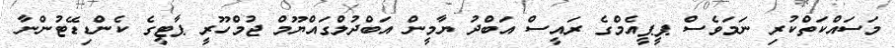
މަސައްކަތްކުރި ނަމަވެސް ޕީޕީއެމްގެ ރައީސް އަބްދު ޔާމީން އަބްދުލްގައްޔޫމް ޖުމްހޫރީ ޕާޓީގެ ކެންޑިޑޭޓުންނާ